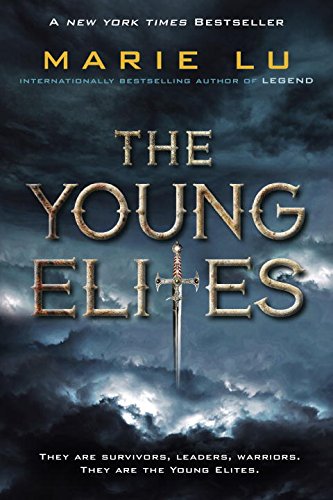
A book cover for The Young Elites; Marie Lu; Teen & Young Adult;